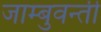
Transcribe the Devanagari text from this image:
जाम्बुवन्ती